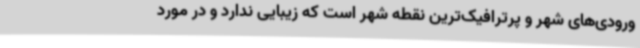
ورودی‌های شهر و پرترافیک‌ترین نقطه شهر است که زیبایی ندارد و در مورد